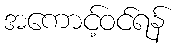
အကောင့်ဝင်ရန်